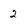
Character: 2